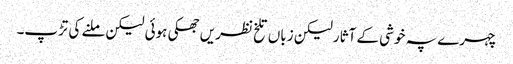
چہرے پہ خوشی کے آثار لیکن زباں تلخ نظریں جھکی ہوئی لیکن ملنے کی تڑپ۔